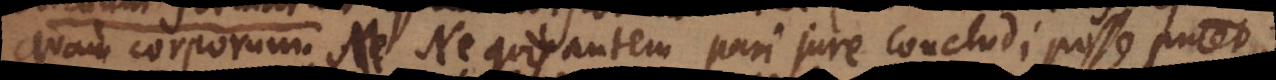
quam corporum. Ne quis autem pari jure concludi posse putet,